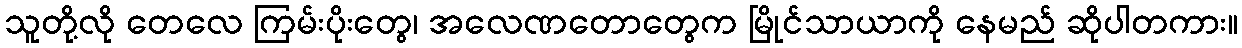
သူတို့လို တေလေ ကြမ်းပိုးတွေ၊ အလေဏတောတွေက မြိုင်သာယာကို နေမည် ဆိုပါတကား။